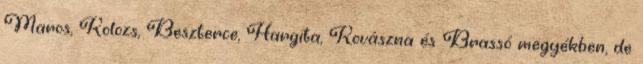
Maros, Kolozs, Beszterce, Hargita, Kovászna és Brassó megyékben, de